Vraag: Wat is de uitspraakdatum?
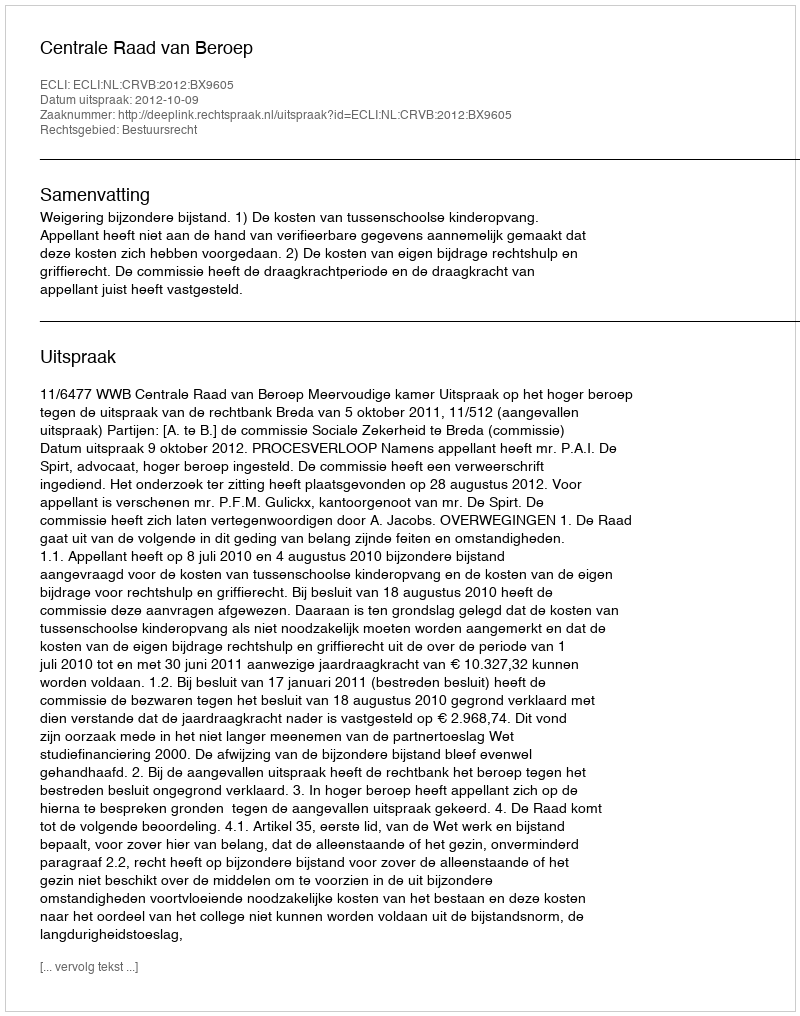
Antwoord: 2012-10-09